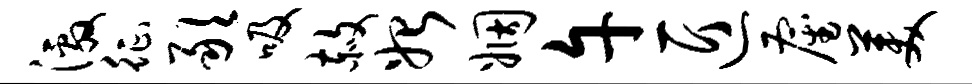
激征敢吸赦始姻午匠雇美